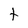
Character: t